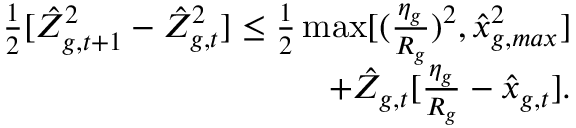
\begin{array} { r } { \frac { 1 } { 2 } [ \hat { Z } _ { g , t + 1 } ^ { 2 } - \hat { Z } _ { g , t } ^ { 2 } ] \leq \frac { 1 } { 2 } \operatorname* { m a x } [ ( \frac { \eta _ { g } } { R _ { g } } ) ^ { 2 } , \hat { x } _ { g , m a x } ^ { 2 } ] } \\ { + \hat { Z } _ { g , t } [ \frac { \eta _ { g } } { R _ { g } } - \hat { x } _ { g , t } ] . } \end{array}